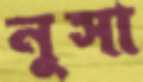
নুসা